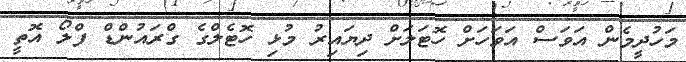
މަހުދީމެން އަވަސް އަވަހަށް ހޮޓަލަށް ދިޔައިރު މުޅި ހޮޓެލްގެ ގްރައުންޑް ފްލޯ އޮތީ